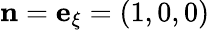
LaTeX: \mathbf{n}=\mathbf{e}_{\xi}=(1,0,0)